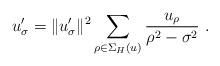
LaTeX: \begin{align*} u'_\sigma=\|u'_\sigma\|^2 \sum_{\rho\in \Sigma_H(u)}\frac{u_\rho}{\rho^2-\sigma^2}\ . \end{align*}